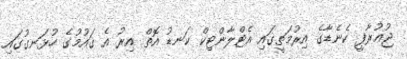
ޖުޣުރާފީ ކެނެޑާގެ އިރުމަތީގައި އެޓްލާންޓިކް ކަނޑު އޮތް އިރު އެ ޤައުުމުގެ ހުޅަނގުގައި